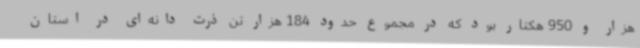
هزار و 950 هکتار بود که در مجموع حدود 184 هزار تن ذرت دانه‌ای در استان